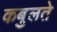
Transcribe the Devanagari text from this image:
कबुलते